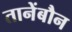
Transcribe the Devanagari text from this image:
तानेंबौन